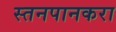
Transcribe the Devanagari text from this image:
स्तनपानकरा